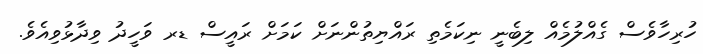
ހުރިހާވެސް ގެއްލުމެއް ލިބެނީ ނިކަމެތި ރައްޔިތުންނަށް ކަމަށް ރައީސް ޑރ ވަހީދު ވިދާޅުވިއެވެ.